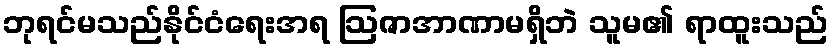
ဘုရင်မသည်နိုင်ငံရေးအရ ဩဇာအာဏာမရှိဘဲ သူမ၏ ရာထူးသည်